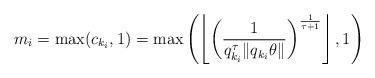
LaTeX: \begin{align*}m_i = \max( c_{k_i},1) = \max \left( \left \lfloor \left( \frac{1}{q_{k_i}^\tau \| q_{k_i} \theta \| } \right )^{\frac{1}{\tau+1}} \right \rfloor, 1 \right)\end{align*}